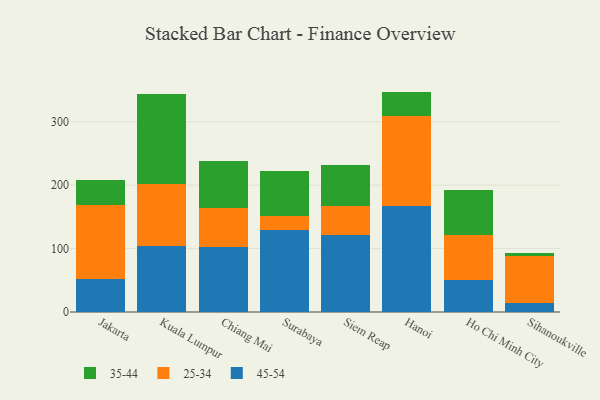
{"axis": {"x": "City", "y": "Gross Profit (USD K)"}, "legend": ["25-34", "35-44", "45-54"], "data": [{"x": "Jakarta", "y": 52.7, "type": "45-54"}, {"x": "Jakarta", "y": 115.7, "type": "25-34"}, {"x": "Jakarta", "y": 39.2, "type": "35-44"}, {"x": "Kuala Lumpur", "y": 104.7, "type": "45-54"}, {"x": "Kuala Lumpur", "y": 97.0, "type": "25-34"}, {"x": "Kuala Lumpur", "y": 141.5, "type": "35-44"}, {"x": "Chiang Mai", "y": 102.8, "type": "45-54"}, {"x": "Chiang Mai", "y": 60.7, "type": "25-34"}, {"x": "Chiang Mai", "y": 73.8, "type": "35-44"}, {"x": "Surabaya", "y": 128.8, "type": "45-54"}, {"x": "Surabaya", "y": 22.9, "type": "25-34"}, {"x": "Surabaya", "y": 71.1, "type": "35-44"}, {"x": "Siem Reap", "y": 121.5, "type": "45-54"}, {"x": "Siem Reap", "y": 45.6, "type": "25-34"}, {"x": "Siem Reap", "y": 64.8, "type": "35-44"}, {"x": "Hanoi", "y": 166.6, "type": "45-54"}, {"x": "Hanoi", "y": 141.9, "type": "25-34"}, {"x": "Hanoi", "y": 39.0, "type": "35-44"}, {"x": "Ho Chi Minh City", "y": 50.5, "type": "45-54"}, {"x": "Ho Chi Minh City", "y": 71.3, "type": "25-34"}, {"x": "Ho Chi Minh City", "y": 70.7, "type": "35-44"}, {"x": "Sihanoukville", "y": 14.7, "type": "45-54"}, {"x": "Sihanoukville", "y": 73.1, "type": "25-34"}, {"x": "Sihanoukville", "y": 5.5, "type": "35-44"}]}